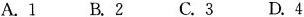
A.1 B.2 C.3 D.4